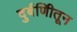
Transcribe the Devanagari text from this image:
दुर्बणिीतून